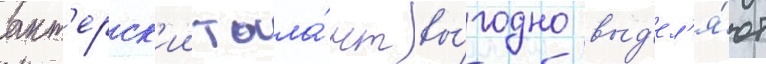
акт'ерск'ии тала́нт вы́годно выд'ел'я́ют